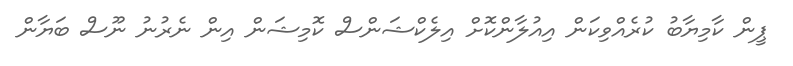
ޕީން ކާމިޔާބު ކުރެއްވިކަން އިއުލާންކޮށް އިލެކްޝަންސް ކޮމިޝަން އިން ނެރުނު ނޫސް ބަޔާން